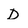
Character: D